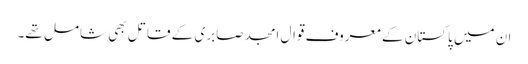
ان میں پاکستان کے معروف قوال امجد صابری کے قاتل بھی شامل تھے۔